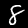
Digit: 8